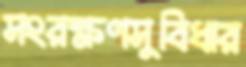
সংরক্ষণসুবিধার